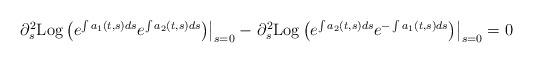
LaTeX: \begin{align*} \begin{array}{ll}\left. \partial_s^2 {\rm Log} \left( e^{\int a_1(t,s) ds } e^{\int a_2(t,s) ds} \right) \right|_{s=0} - \left. \partial_s^2 {\rm Log} \left( e^{ \int a_2(t,s) ds} e^{- \int a_1(t,s) ds} \right) \right|_{s=0} = 0\end{array} \end{align*}